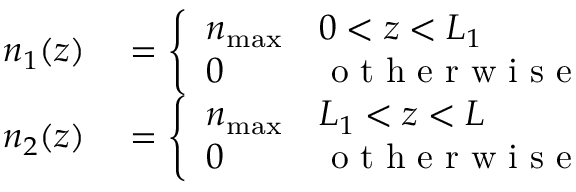
\begin{array} { r l } { n _ { 1 } ( z ) } & { { } = \left\{ \begin{array} { l l } { n _ { \mathrm { m a x } } } & { 0 < z < L _ { 1 } } \\ { 0 } & { \mathrm { ~ o ~ t ~ h ~ e ~ r ~ w ~ i ~ s ~ e ~ } } \end{array} \right. } \\ { n _ { 2 } ( z ) } & { { } = \left\{ \begin{array} { l l } { n _ { \mathrm { m a x } } } & { L _ { 1 } < z < L } \\ { 0 } & { \mathrm { ~ o ~ t ~ h ~ e ~ r ~ w ~ i ~ s ~ e ~ } } \end{array} \right. } \end{array}